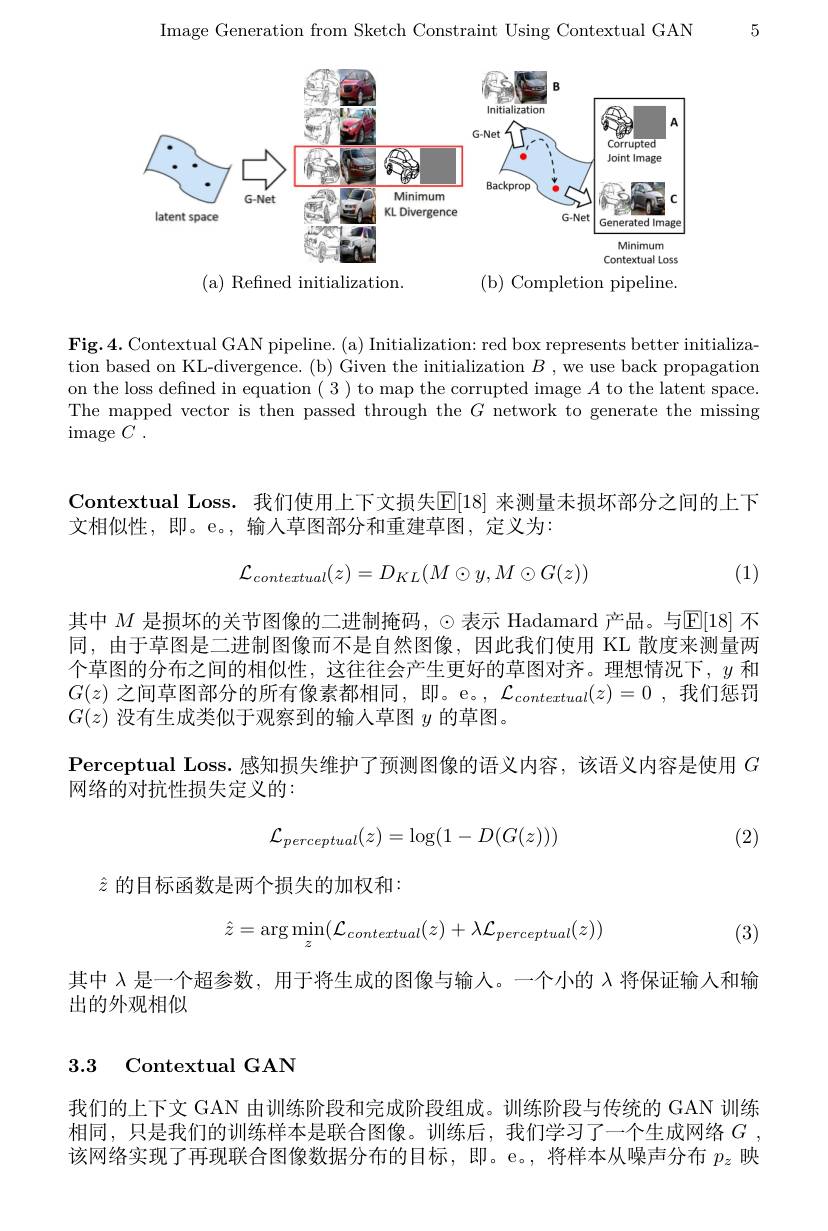
5

Image Generation from Sketch Constraint Using Contextual GAN

<FigureHere>

( a) Refined initialization.

( b) Completion pipeline.

Fig.4. Contextual GAN pipeline. (a) Initialization: red box represents better initialization based on KL-divergence. (b) Given the initialization $B$ ,we use back propagatiom on the loss defined in equation ( 3 ) to map the corrupted image $A$ to the latent space. The mapped vector is then passed through the $G$ network to generate the missing $\operatorname { image} C$ .

Contextual Loss. 我们使用上下文损失$\mathbb{E}[18]$ 来测量未损坏部分之间的上下
文相似性，即。e。,输入草图部分和重建草图，定义为：
$$\mathcal{L}_{contextual}(z)=D_{KL}(M\odot y,M\odot G(z))$$
(1)

其中 $M$ 是损坏的关节图像的二进制掩码，$\odot$表示 Hadamard 产品。与$\mathbb{E}[18]$ 不同，由于草图是二进制图像而不是自然图像，因此我们使用 KL 散度来测量两个草图的分布之间的相似性，这往往会产生更好的草图对齐。理想情况下，$y$和$G(z)$之间草图部分的所有像素都相同 ,即。e。, $\mathcal{L}_contextual(z)=0$ ,我们惩罚$G(z)$没有生成类似于观察到的输入草图$y$的草图。
Perceptual Loss. 感 知 损 失 维 护 了 预 测 图 像 的 语 义 内 容 , 该 语 义 内 容 是 使 用 $G$
网络的对抗性损失定义的：

(2)
$$\mathcal{L}_{perceptual}(z)=\log(1-D(G(z)))$$
$\hat{z}$的目标函数是两个损失的加权和：
$$\hat{z}=\arg\min_{z}(\mathcal{L}_{contextual}(z)+\lambda\mathcal{L}_{perceptual}(z))$$
(3)

其中$\lambda$是一个超参数，用于将生成的图像与输入。一个小的$\lambda$将保证输入和输
出的外观相似

## 3.3 Contextual GAN

我们的上下文 GAN 由训练阶段和完成阶段组成。训练阶段与传统的 GAN 训练相同，只是我们的训练样本是联合图像。训练后，我们学习了一个生成网络$G$ 该网络实现了再现联合图像数据分布的目标，即。e。,将样本从噪声分布$p_z$映